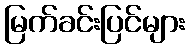
မြက်ခင်းပြင်များ